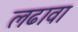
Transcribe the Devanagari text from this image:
लढावा